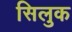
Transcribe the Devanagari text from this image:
सिलुक